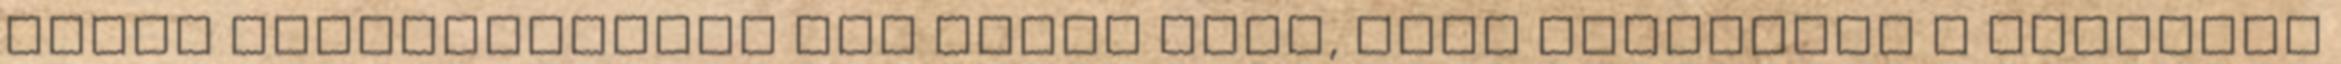
semmi hajlandóságot nem mutat arra, hogy leállítsa a végtelen